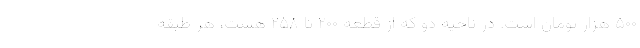
۵۰۰ هزار تومان است. در ناحیه دو که از قطعه ۲۰۰ تا ۲۵۸ هست، هر طبقه